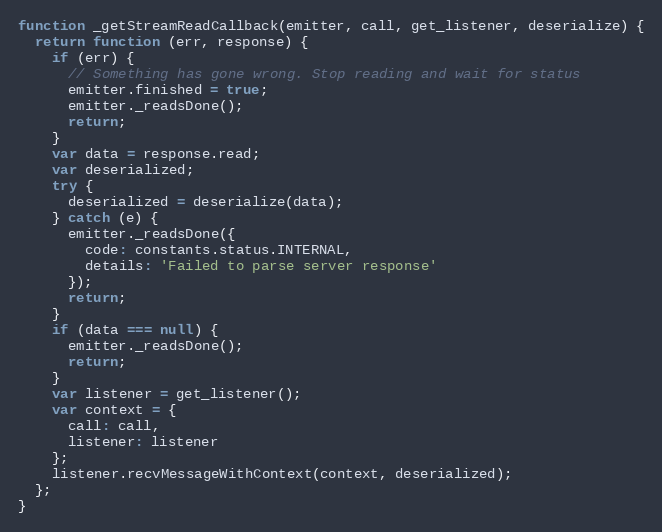
Language: JavaScript
function _getStreamReadCallback(emitter, call, get_listener, deserialize) {
  return function (err, response) {
    if (err) {
      // Something has gone wrong. Stop reading and wait for status
      emitter.finished = true;
      emitter._readsDone();
      return;
    }
    var data = response.read;
    var deserialized;
    try {
      deserialized = deserialize(data);
    } catch (e) {
      emitter._readsDone({
        code: constants.status.INTERNAL,
        details: 'Failed to parse server response'
      });
      return;
    }
    if (data === null) {
      emitter._readsDone();
      return;
    }
    var listener = get_listener();
    var context = {
      call: call,
      listener: listener
    };
    listener.recvMessageWithContext(context, deserialized);
  };
}